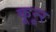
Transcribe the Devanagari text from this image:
कून्‍ूर